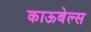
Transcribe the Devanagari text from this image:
काऊबेल्स